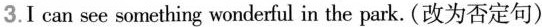
3.I can see something wonderful in the park. (改为否定句)